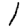
Digit: 1